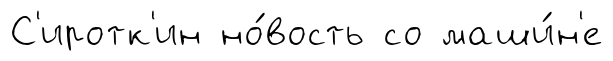
С'иротк'ин но́вость со маши́н'е